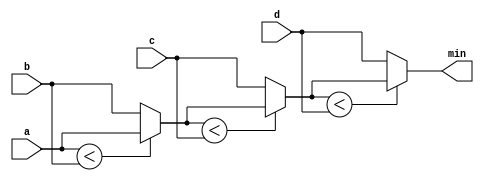
// This program was cloned from: https://github.com/Yvan-xy/verilog-doc
// License: GNU General Public License v2.0

module top_module (
    input [7:0] a, b, c, d,
    output [7:0] min);//

    // assign intermediate_result1 = compare? true: false;
	
    wire [7:0]min1,min2;
    assign min1=(a<b?a:b);
    
    assign min2 = (min1<c?min1:c);
    
    assign min = (min2<d?min2:d);
endmodule